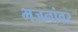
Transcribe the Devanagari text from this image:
भजनांवर